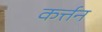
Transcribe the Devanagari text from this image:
कर्त्तन